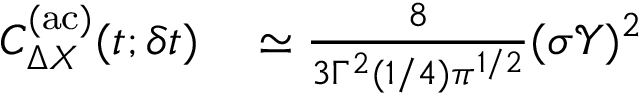
\begin{array} { r l } { C _ { \Delta X } ^ { \mathrm { ( a c ) } } ( t ; \delta t ) } & { { } \simeq \frac { 8 } { 3 \Gamma ^ { 2 } ( 1 / 4 ) { \pi } ^ { 1 / 2 } } ( \sigma \mathcal { Y } ) ^ { 2 } } \end{array}